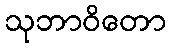
သုဘာဝိတော